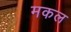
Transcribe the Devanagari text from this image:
मकल